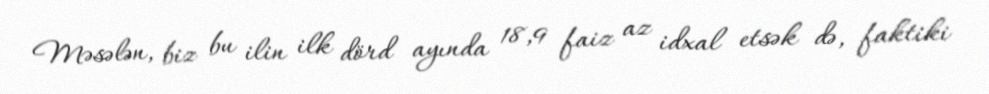
Məsələn, biz bu ilin ilk dörd ayında 18,9 faiz az idxal etsək də, faktiki